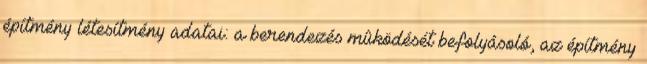
építmény létesítmény adatai: a berendezés mûködését befolyásoló, az építmény